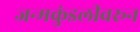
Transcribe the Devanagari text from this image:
जन्मकुंडलीवरून